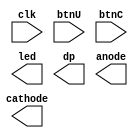
`timescale 1ns / 1ps
//////////////////////////////////////////////////////////////////////////////////
// Top level module
// This project displays the memory contents on both LEDs (16 bits by 16 bits) and 
// 7-segments (32 bits by 32 bits) with a frequency chosen by BTNU and BTNC.   
// (c) Gu Jing, ECE, NUS
//////////////////////////////////////////////////////////////////////////////////


module Top(
    input clk,  			// fundamental clock 1MHz
    input btnU, 			// button BTNU for 4Hz speed
    input btnC, 			// button BTNC for pause
    output [15:0] led,  	// 16 LEDs to display upper or lower 16 bits of memory data
    output dp,  			// dot point of 7-segments, can be deleted if 7-segments are not implemented
    output [3:0]anode, 		// anodes of 7-segments, can be deleted if 7-segments are not implemented
    output [6:0]cathode  	// cathodes of 7-segments, can be deleted if 7-segments are not implemented
    );

wire enable; 			// enable signal to read the next memory content
wire upper_lower;   	// 1-bit signal used between modules to indicate either upper or lower 16-bit contents is displaying on LEDs, 
						// upper_lower = 1 to display upper half of the Memory data
wire [31:0] data;   // entire 32-bit contents displaying on LEDs and 7-segments, can be deleted if 7-segments are not implemented
    
// Choose 1hz or 4hz display frequency based on BTNU and BTNC readings, using given module Clock_Enable.v



// Fetch memory content, using given module Get_MEM.v



// Displays the 32-bit memory data on 7-segments, using given module Seven_Seg.v
// This module can be deleted if students do not want to implement the 7-segment display



// split the 32-bit Memory data using a multiplexer to display on led 


endmodule